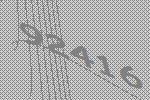
92416